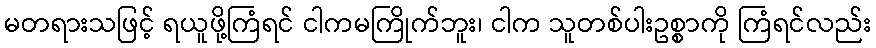
မတရားသဖြင့် ရယူဖို့ကြံရင် ငါကမကြိုက်ဘူး၊ ငါက သူတစ်ပါးဥစ္စာကို ကြံရင်လည်း